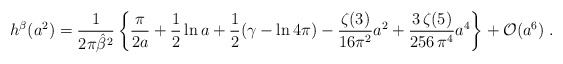
\begin{align*}h^{\beta}(a^2)= {1\over {2 \pi {\hat{\beta}}^2}} \left\{ \frac {\pi} { 2a}+{1\over 2} \ln a + {1\over 2} (\gamma - \ln 4 \pi) - \frac {\zeta(3)} {16 \pi^2} a^2 + \frac {3 \, \zeta(5)} {256 \, \pi^4} a^4 \right\} + {\cal O}(a^6) \; .\end{align*}